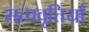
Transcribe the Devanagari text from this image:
सत्प्रवृत्तियाँ